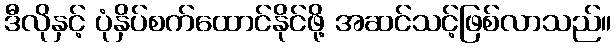
ဒီလိုနှင့် ပုံနှိပ်စက်ထောင်နိုင်ဖို့ အဆင်သင့်ဖြစ်လာသည်။